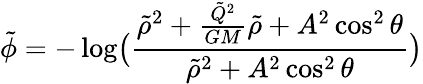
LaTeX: \tilde{\phi}=-\log\bigl(\frac{\tilde{\rho}^{2}+\frac{\tilde{Q}^{2}}{GM}\tilde{\rho}+A^{2}\cos^{2}\theta}{\tilde{\rho}^{2}+A^{2}\cos^{2}\theta}\bigr)